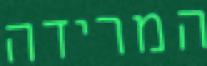
המרידה